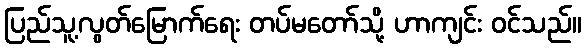
ပြည်သူ့လွတ်မြောက်ရေး တပ်မတော်သို့ ဟာကျင်း ဝင်သည်။